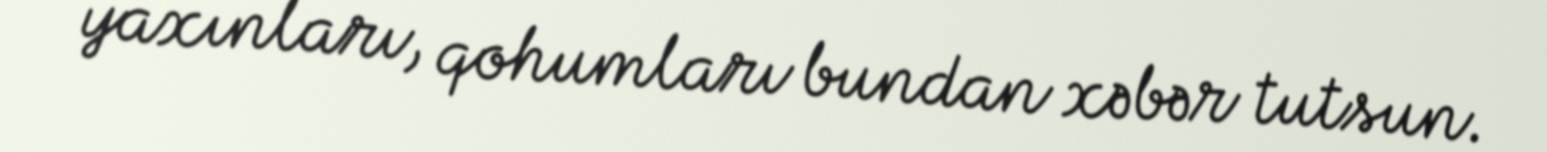
yaxınları, qohumları bundan xəbər tutsun.